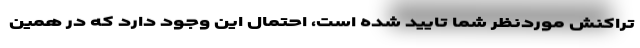
تراکنش موردنظر شما تایید شده است، احتمال این وجود دارد که در همین